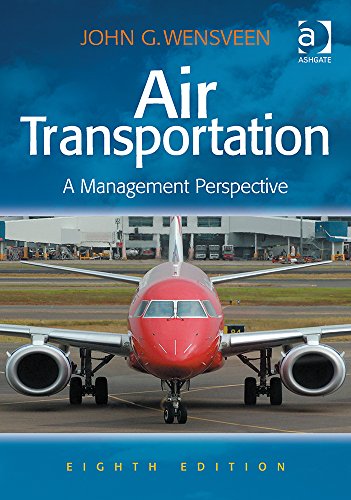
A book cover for Air Transportation: A Management Perspective; John G. Wensveen; Business & Money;